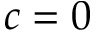
c = 0